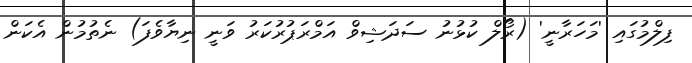
ފިލްމުގައި 'މަހަރާނީ' (ރޯލް ކުޅުނު ސަދަޝިވް އަމްރަޕުރުކަރު ވަނީ ނިޔާވެފަ) ނެތުމުން އެކަން